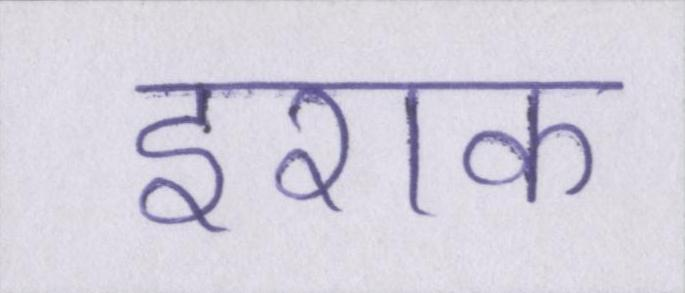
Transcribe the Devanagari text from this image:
इराक